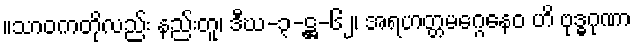
။သာဝကတိုလည်း နည်းတူ၊ ဒီဃ-၃-ဋ္ဌ-၆၂၊ အရဟတ္တမဂ္ဂေနေဝ ဟိ ဗုဒ္ဓဂုဏာ